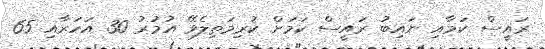
ރައީސް ކަމާއި ނައިބު ރައީސް ކަމަށް ކުރިމަތިލެވޭ އުމުރު 30 އަހަރާއި 65